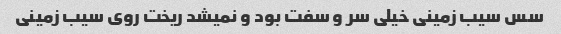
سس سیب زمینی خیلی سر و سفت بود و نمیشد ریخت روی سیب زمینی